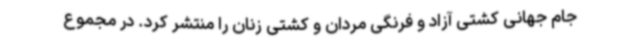
جام جهانی کشتی آزاد و فرنگی مردان و کشتی زنان را منتشر کرد. در مجموع